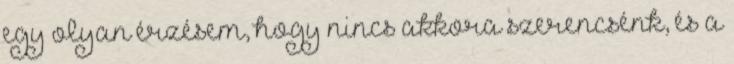
egy olyan érzésem, hogy nincs akkora szerencsénk, és a